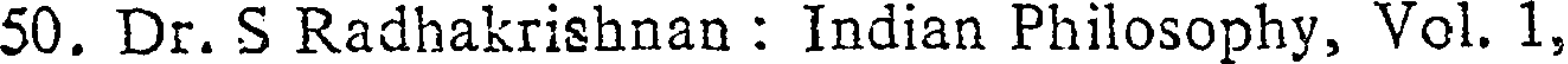
50. Dr. S Radhakrishnan : Indian Philosophy, Vol. 1,